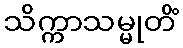
သိက္ကာသမ္မုတိံ